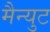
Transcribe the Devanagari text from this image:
मैन्युट